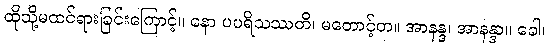
ထိုသို့မထင်ရားခြင်းကြောင့်။ နော ပပရိသဿတိ၊ မတောင့်တ။ အာနန္ဒ၊ အာနန္ဒာ။ ခေါ၊